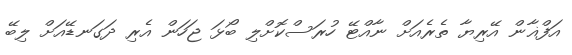
އަފްޣާން އޭރިޔާ ތެރެއަށް ނާއްޓޭ ހުރަސްކޮށްލި ބޯޅަ ޖަހަން އެރި ދަގަނޑޭއަށް ލިބޭ